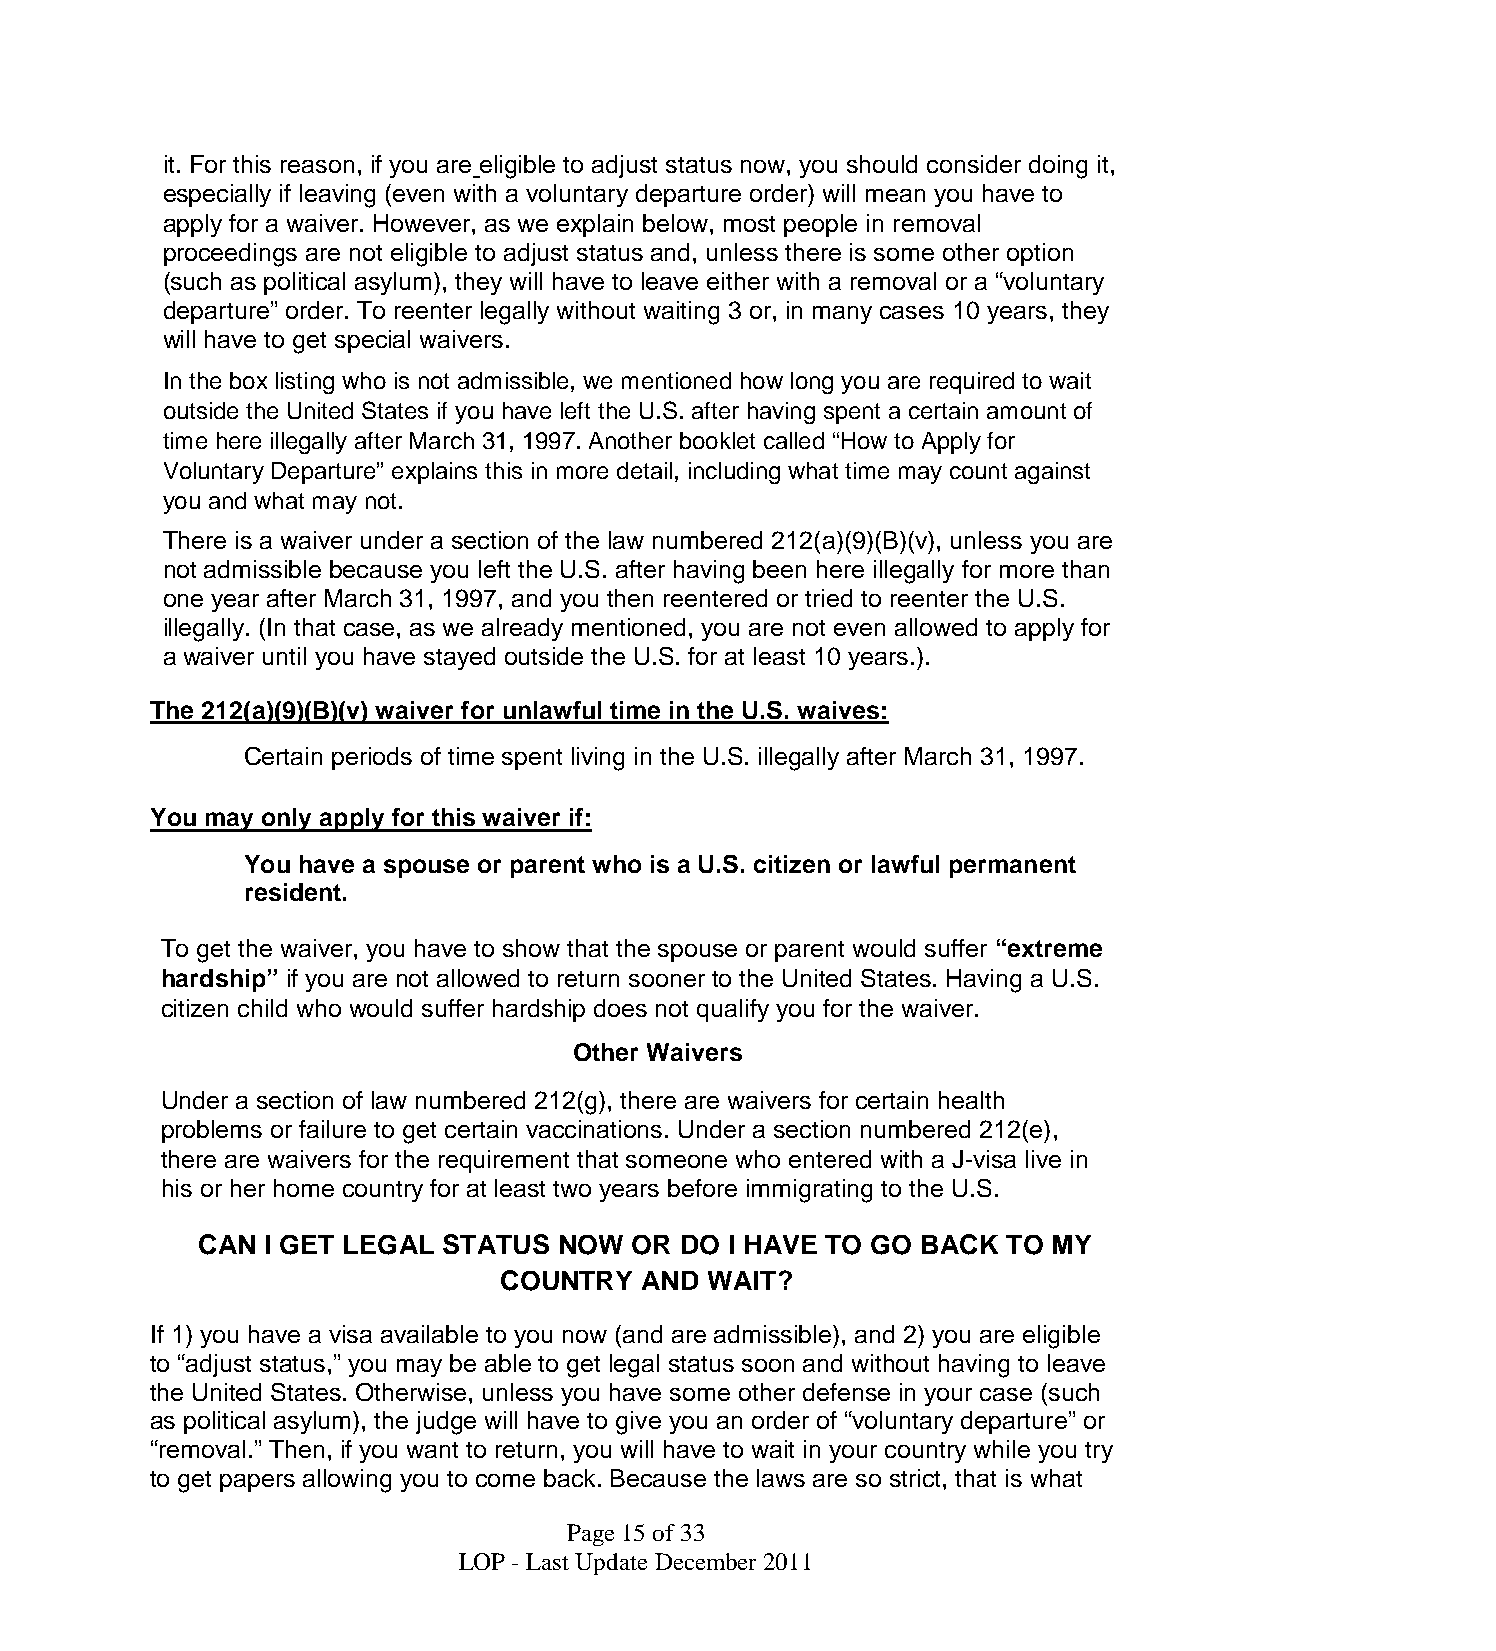
it. For this reason, if you are eligible to adjust status now, you should consider doing it,
 especially if leaving (even with a voluntary departure order) will mean you have to
 apply for a waiver. However, as we explain below, most people in removal
 proceedings are not eligible to adjust status and, unless there is some other option
 (such as political asylum), they will have to leave either with a removal or a “voluntary
 departure” order. To reenter legally without waiting 3 or, in many cases 10 years, they
 will have to get special waivers.
 In the box listing who is not admissible, we mentioned howlong you are required to wait
 outside the United States if you have left the U.S. after having spent a certain amount of
 time here illegally after March 31, 1997. Another booklet called “How to Apply for
 Voluntary Departure” explains this in more detail, including what time may count against
 you and what may not.
 There is a waiver under a section of the law numbered 212(a)(9)(B)(v), unless you are
 not admissible because you left the U.S. after having been here illegally for more than
 one year after March 31, 1997, and you then reentered or tried to reenter the U.S.
 illegally. (In that case, as we already mentioned, you are not even allowed to apply for
 a waiver until you have stayed outside the U.S. for at least 10 years.).
 The 212(a)(9)(B)(v) waiver for unlawful time in the U.S. waives:
 Certain periods of time spent living in the U.S. illegally after March 31, 1997.
 You may only apply for this waiver if:
 You have a spouse or parent who is a U.S. citizen or lawful permanent
 resident.
 To get the waiver, you have to show that the spouse or parent would suffer “extreme
 hardship” if you are not allowed to return sooner to the United States. Having a U.S.
 citizen child who would suffer hardship does not qualify you for the waiver.
 Other Waivers
 Under a section of law numbered 212(g), there are waivers for certain health
 problems or failure to get certain vaccinations. Under a section numbered 212(e),
 there are waivers for the requirement that someone who entered with a J-visa live in
 his or her home country for at least two years before immigrating to the U.S.
 CAN I GET LEGAL STATUS  NOW  OR DO I HAVE TO GO BACK  TO MY
 COUNTRY  AND  WAIT?
 If 1) you have a visa available to you now (and are admissible), and 2) you are eligible
 to “adjust status,” you may be able to get legal status soon and without having to leave
 the United States. Otherwise, unless you have some other defense in your case (such
 as political asylum), the judge will have to give you an order of “voluntary departure” or
 “removal.” Then, if you want to return, you will have to wait in your country while you try
 to get papers allowing you to come back. Because the laws are so strict, that is what
 Page15of33
 LOP - Last UpdateDecember2011